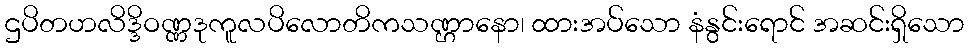
ဌပိတဟလိဒ္ဒိဝဏ္ဏဒုကူလပိလောတိကသဏ္ဌာနော၊ ထားအပ်သော နံနွင်းရောင် အဆင်းရှိသော